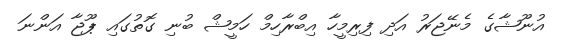
އުނޫޝާގެ މެނޭޖަރު އަދި ފިރިމީހާ އިބްރާހިމް ހަމީޝް ބުނި ގޮތުގައި ޕޫޖާ އަންނަ